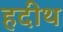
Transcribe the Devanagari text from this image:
हदीथ़